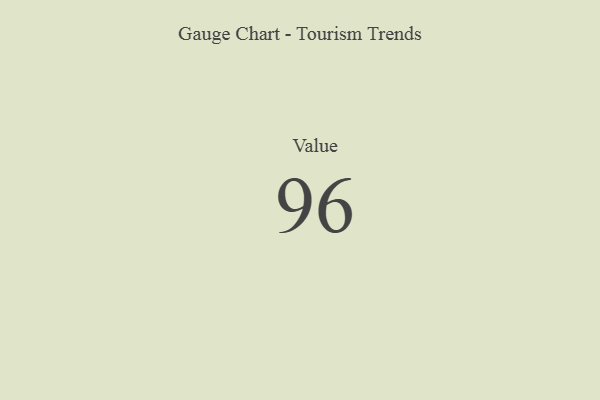
{"axis": {"x": "Metric", "y": "Value"}, "legend": [""], "data": [{"x": "Value", "y": 96, "type": ""}]}